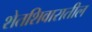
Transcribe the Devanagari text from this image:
शेतशिवारातील